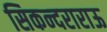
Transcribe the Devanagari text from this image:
सिकन्‍दराराऊ